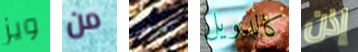
ويز من مرة كالدويل إذن